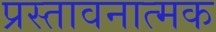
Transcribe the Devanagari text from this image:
प्रस्तावनात्मक